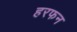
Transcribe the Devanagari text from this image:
हरफन